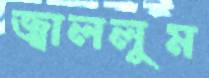
জ্বাললুম